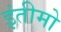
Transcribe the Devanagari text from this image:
इंतीमो